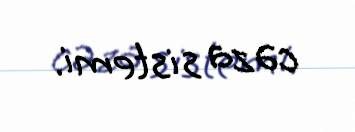
cəza sistemi.